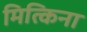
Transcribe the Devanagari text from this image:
मित्किना